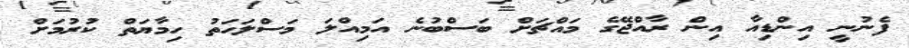
ފެނުނީ އިންޑިއާ އިން ރާއްޖޭގެ މައްޗަށް ބަސްބުނެ އަމިއްލަ މަސްލަހަތު ހިމާޔަތް ކުރުމަށް